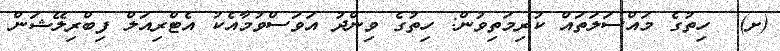
(ށ)  ހިތުގެ މައްސަލަތައް ކުރިމަތިވުން: ހިތުގެ ވިންދު އަވަސްވުމާއެކު އެޓްރިއަލް ފިބްރިލޭޝަން